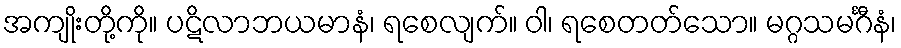
အကျိုးတို့ကို။ ပဋိလာဘယမာနံ၊ ရစေလျက်။ ဝါ၊ ရစေတတ်သော။ မဂ္ဂသမင်္ဂီနံ၊